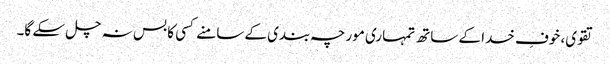
تقوی، خوفِ خدا کے ساتھ تمہاری مورچہ بندی کے سامنے کسی کا بس نہ چل سکے گا۔